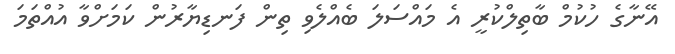
އޭނާގެ ހުކުމް ބާތިލްކުރީ އެ މައްސަލަ ބެއްލެވި ތިން ފަނޑިޔާރުން ކަމަށްވާ އުއްތަމަ